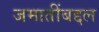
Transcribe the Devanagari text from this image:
जमातींबद्दल